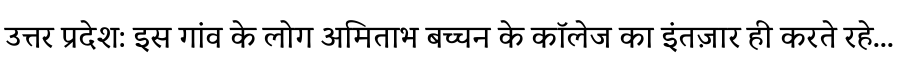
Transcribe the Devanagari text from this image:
उत्तर प्रदेश: इस गांव के लोग अमिताभ बच्चन के कॉलेज का इंतज़ार ही करते रहे...